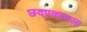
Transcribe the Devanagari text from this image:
छदप्रकाराला